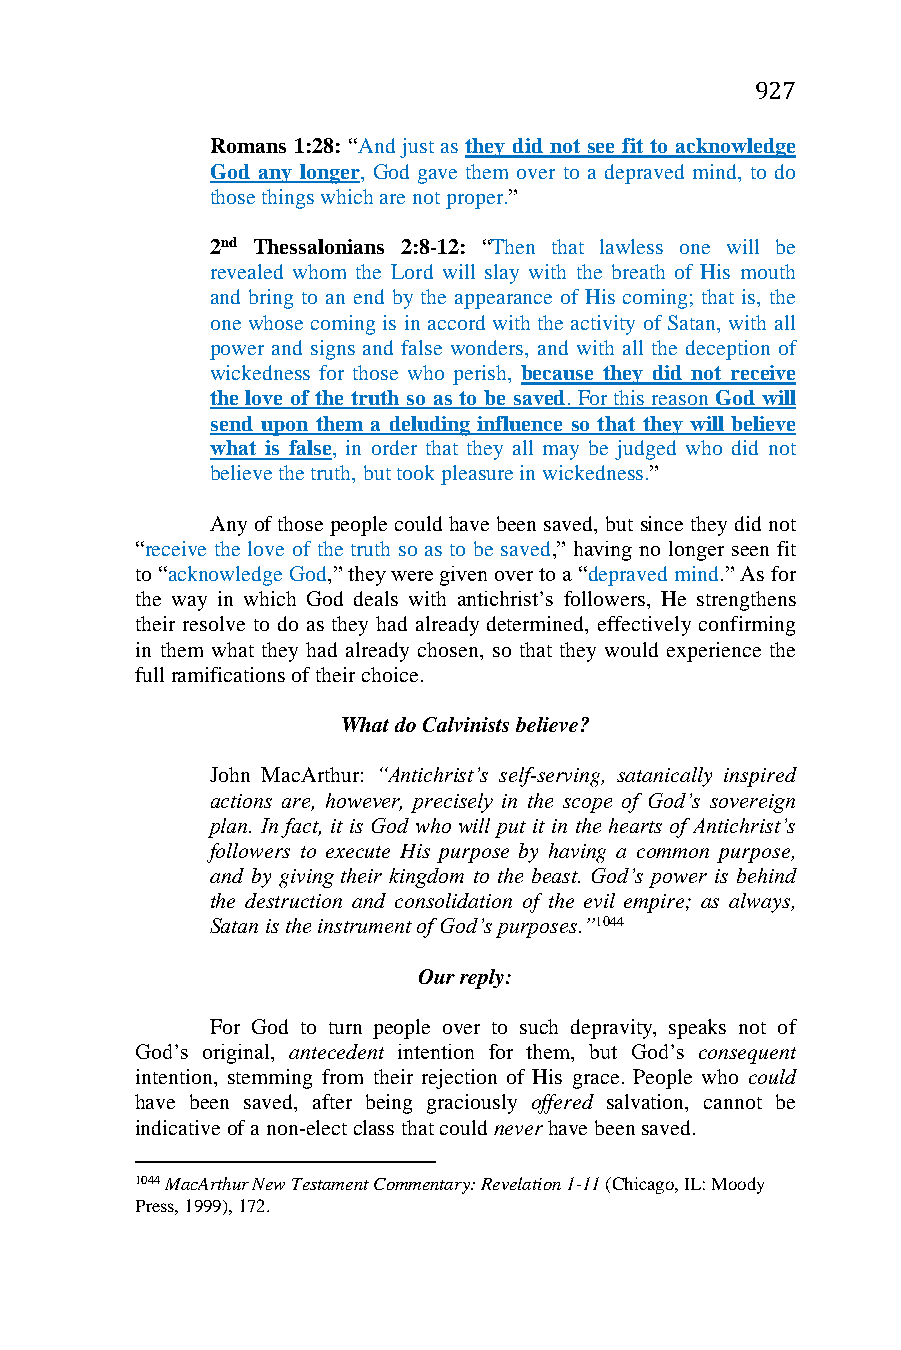
927
 Romans 1:28: “And just as they did not see fit to acknowledge
 God any longer, God gave them over to a depraved mind, to do
 those things which are not proper.”
 2nd Thessalonians 2:8-12: “Then that lawless one will be
 revealed whom the Lord will slay with the breath of His mouth
 and bring to an end by the appearance of His coming; that is, the
 one whose coming is in accord with the activity of Satan, with all
 power and signs and false wonders, and with all the deception of
 wickedness for those who perish, because they did not receive
 the love of the truth so as to be saved. For this reason God will
 send upon them a deluding influence so that they will believe
 what is false, in order that they all may be judged who did not
 believe the truth, but took pleasure in wickedness.”
 Any of those people could have been saved, but since they did not
 “receive the love of the truth so as to be saved,” having no longer seen fit
 to “acknowledge God,” they were given over to a “depraved mind.” As for
 the way in which God deals with antichrist’s followers, He strengthens
 their resolve to do as they had already determined, effectively confirming
 in them what they had already chosen, so that they would experience the
 full ramifications of their choice.
 What do Calvinists believe?
 John MacArthur: “Antichrist’s self-serving, satanically inspired
 actions are, however, precisely in the scope of God’s sovereign
 plan. In fact, it is God who will put it in the hearts of Antichrist’s
 followers to execute His purpose by having a common purpose,
 and by giving their kingdom to the beast. God’s power is behind
 the destruction and consolidation of the evil empire; as always,
 Satan is the instrument of God’s purposes.”1044
 Our reply:
 For God to turn people over to such depravity, speaks not of
 God’s original, antecedent intention for them, but God’s consequent
 intention, stemming from their rejection of His grace. People who could
 have been saved, after being graciously offered salvation, cannot be
 indicative of a non-elect class that could never have been saved.
 1044 MacArthur New Testament Commentary: Revelation 1-11 (Chicago, IL: Moody
 Press, 1999), 172.